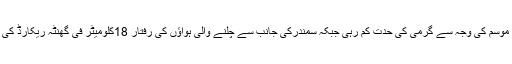
محکمہ موسمیات کے مطابق ہوا میں نمی کاتناسب بڑھنے کے باوجود جزوی ابرآلود موسم کی وجہ سے گرمی کی حدت کم رہی جبکہ سمندرکی جانب سے چلنے والی ہواؤں کی رفتار 18کلومیٹر فی گھنٹہ ریکارڈ کی گئی، آج (اتوار) کو ابرآلود موسم کے ساتھ درجہ حرارت متوازن رہنے کا امکان ہے۔